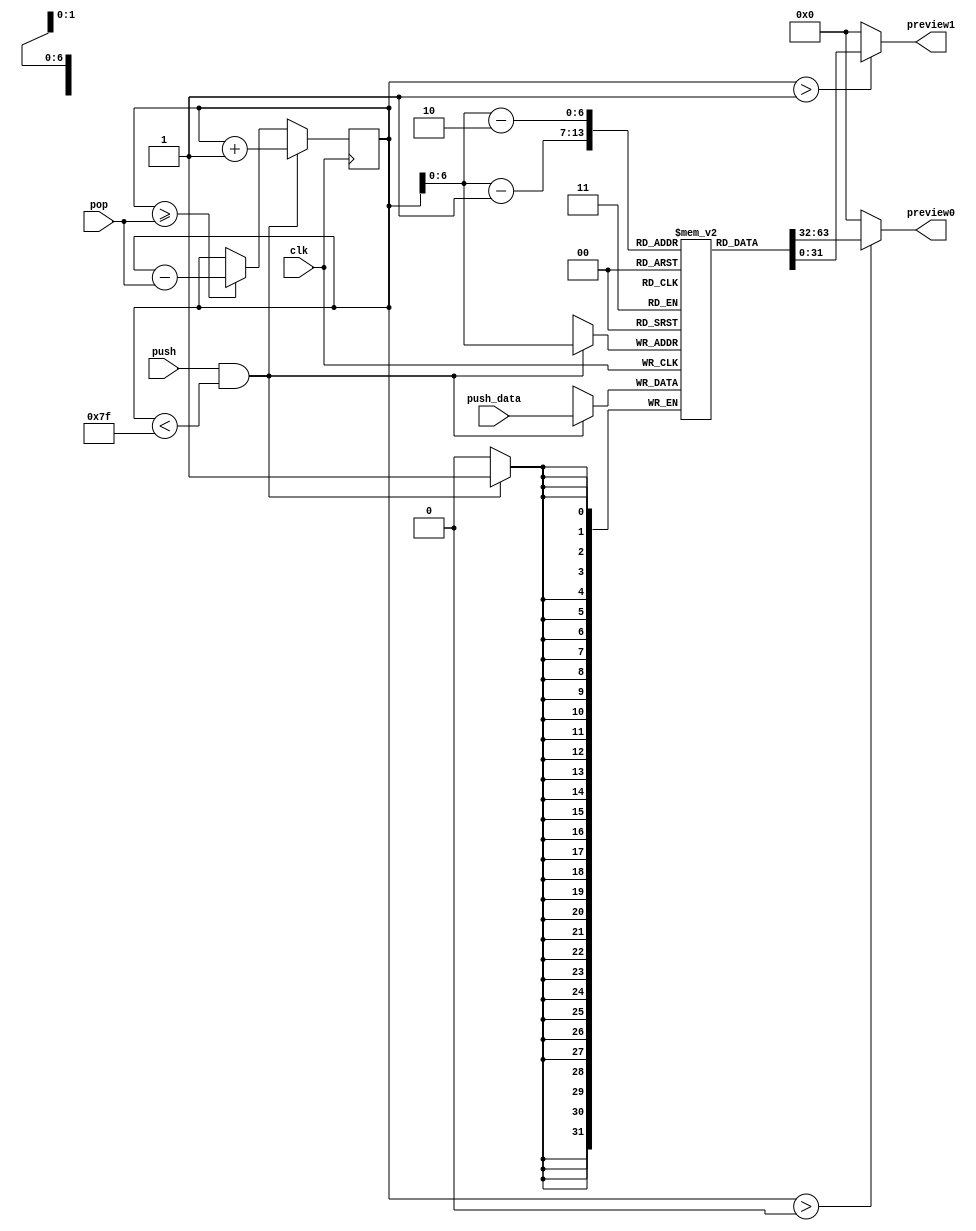
module Stack #(
    parameter DEPTH = 127,  //? Number of stack elements.
    parameter WIDTH = 31    //? Width of a stack element.
) (
    input clk,
    input push,  //? Push signal. Takes priority over pop signal.
    input [WIDTH:0] push_data,
    input [2:0] pop,  //? Pop amount. Supports popping up to 8 elements per clock cycle.
    output [WIDTH:0] preview0,  //? Preview the top element of the stack.
    output [WIDTH:0] preview1  //? Preview the second top element of the stack.
);
    // stack_ptr points to the next free stack index.
    reg [$clog2(DEPTH):0] stack_ptr = 0;
    reg [WIDTH:0] stack[DEPTH:0];

    // Update the stack based on push or pop signals.
    always @(posedge clk) begin
        if ((push == 1) && (stack_ptr < DEPTH)) begin  // TODO: Handle overflow
            stack[stack_ptr] <= push_data;
            stack_ptr <= stack_ptr + 1;
        end else if (stack_ptr >= pop) begin  // TODO: Handle underflow
            stack_ptr <= stack_ptr - pop;
        end
    end

    // Assign the top two elements of the stack to the preview outputs
    assign preview0 = (stack_ptr > 0) ? stack[stack_ptr-1] : 0;
    assign preview1 = (stack_ptr > 1) ? stack[stack_ptr-2] : 0;

endmodule